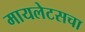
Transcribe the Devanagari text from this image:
मायलेटसचा